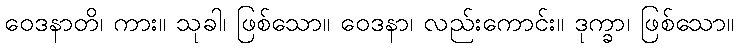
ဝေဒနာတိ၊ ကား။ သုခါ၊ ဖြစ်သော။ ဝေဒနာ၊ လည်းကောင်း။ ဒုက္ခာ၊ ဖြစ်သော။